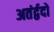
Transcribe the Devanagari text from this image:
अतंर्द्वदों